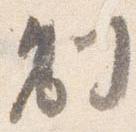
制